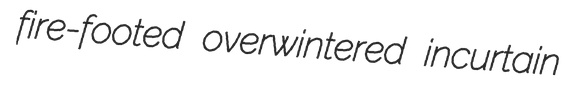
fire-footed overwintered incurtain